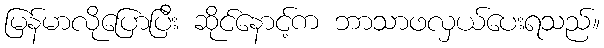
မြန်မာလိုပြောပြီး ဆိုင်နောင့်က ဘာသာဖလှယ်ပေးရသည်။